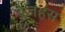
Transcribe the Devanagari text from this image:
रेजहंस